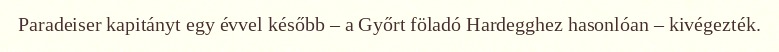
Paradeiser kapitányt egy évvel később – a Győrt föladó Hardegghez hasonlóan – kivégezték.